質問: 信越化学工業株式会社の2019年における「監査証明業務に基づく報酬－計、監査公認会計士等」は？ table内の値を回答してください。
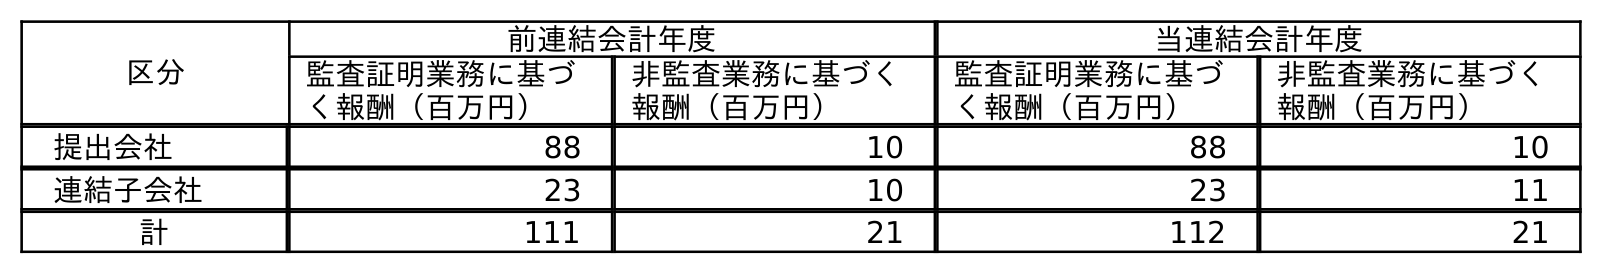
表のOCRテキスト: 区分 前連結会計年度 当連結会計年度 監査証明業務に基づ く報酬（百万円） 非監査業務に基づく 報酬（百万円） 監査証明業務に基づ く報酬（百万円） 非監査業務に基づく 報酬（百万円） 提出会社 88 10 88 10 連結子会社 23 10 23 11 計 111 21 112 21
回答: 111